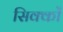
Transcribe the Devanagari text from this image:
सिक्कोँ